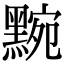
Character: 黦